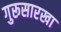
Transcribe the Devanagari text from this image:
गुरूसारखा